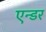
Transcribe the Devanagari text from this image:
एन्डर